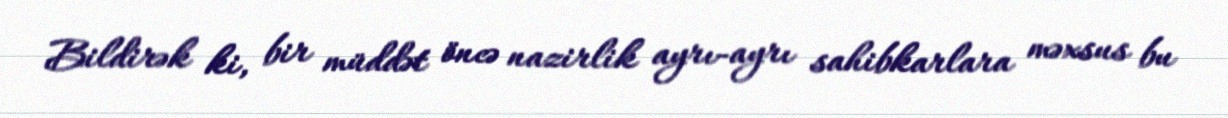
Bildirək ki, bir müddət öncə nazirlik ayrı-ayrı sahibkarlara məxsus bu